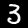
Label: 3